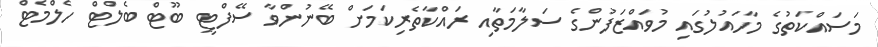
މަސައްކަތުގެ މާހައުލުގައި މުވައްޒަފުންގެ ސަލާމަތާއި ރައްކާތެރިކަމަށް ބޭނުންވާ ސޭފްޓީ ބޫޓް ބެލްޓް ހެލްމެޓް